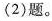
(2)题。